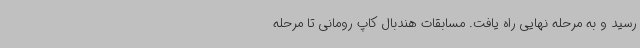
رسید و به مرحله نهایی راه یافت. مسابقات هندبال کاپ رومانی تا مرحله